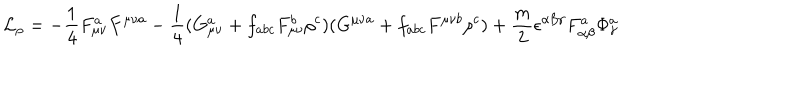
{ \cal L } _ { \rho } = - \frac { 1 } { 4 } F _ { \mu \nu } ^ { a } F ^ { \mu \nu a } - \frac { 1 } { 4 } ( G _ { \mu \nu } ^ { a } + f _ { a b c } F _ { \mu \nu } ^ { b } \rho ^ { c } ) ( G ^ { \mu \nu a } + f _ { a b c } F ^ { \mu \nu b } \rho ^ { c } ) + \frac { m } { 2 } \epsilon ^ { \alpha \beta \gamma } F _ { \alpha \beta } ^ { a } \Phi _ { \gamma } ^ { a }